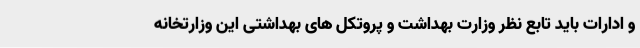
و ادارات باید تابع نظر وزارت بهداشت و پروتکل های بهداشتی این وزارتخانه